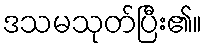
ဒသမသုတ်ပြီး၏။